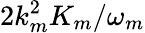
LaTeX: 2k_{m}^{2}K_{m}/\omega_{m}